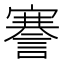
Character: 謇